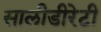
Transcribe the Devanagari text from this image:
सालीडीरेटी